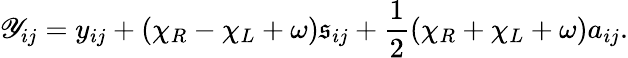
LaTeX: \mathscr{Y}_{ij}=y_{ij}+(\chi_{R}-\chi_{L}+\omega)\mathfrak{s}_{ij}+\frac{{1}}{{2}}(\chi_{R}+\chi_{L}+\omega)a_{ij}.